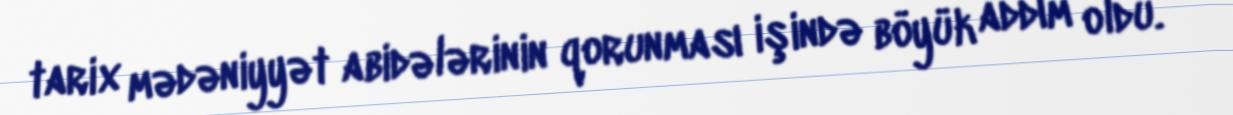
tarix mədəniyyət abidələrinin qorunması işində böyük addım oldu.